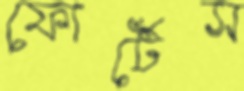
ফোর্টেস